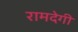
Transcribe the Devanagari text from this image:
रामदेगी